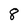
Character: 8